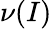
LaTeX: \nu(I)